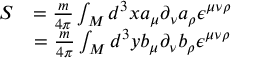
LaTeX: \begin{array} { l c r } { { S } } & { { = { \frac { m } { 4 \pi } } \int _ { M } { d ^ { 3 } x } a _ { \mu } \partial _ { \nu } a _ { \rho } \epsilon ^ { \mu \nu \rho } } } \\ { { } } & { { = { \frac { m } { 4 \pi } } \int _ { M } { d ^ { 3 } y } b _ { \mu } \partial _ { \nu } b _ { \rho } \epsilon ^ { \mu \nu \rho } } } \end{array}